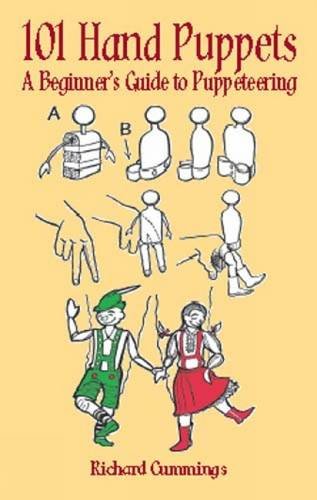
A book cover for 101 Hand Puppets: A Beginner's Guide to Puppeteering; Richard Cummings; Crafts, Hobbies & Home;